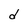
Character: d